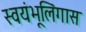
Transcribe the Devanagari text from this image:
स्वयंभूलिंगास